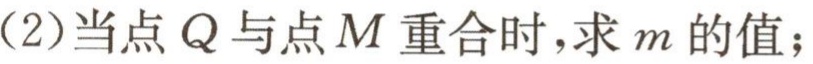
(2)当点\(Q\)与点\(M\)重合时，求\(m\)的值；